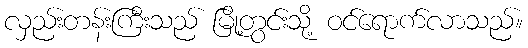
လှည်းတန်းကြီးသည် မြို့တွင်းသို့ ဝင်ရောက်လာသည်။